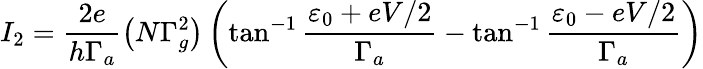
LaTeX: I_{2}=\frac{2e}{h\Gamma_{a}}\left(N\Gamma_{g}^{2}\right)\left(\tan^{-1}\frac{\varepsilon_{0}+eV/2}{\Gamma_{a}}-\tan^{-1}\frac{\varepsilon_{0}-eV/2}{\Gamma_{a}}\right)